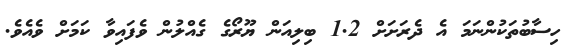
ހިސާބުތަކުންނަމަ އެ ދެރަށަށް 1.2 ބިލިއަން ޔޫރޯގެ ގެއްލުން ވެފައިވާ ކަމަށް ވެއެވެ.